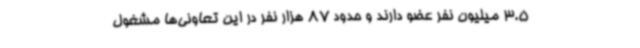
3.5 میلیون نفر عضو دارند و حدود 87 هزار نفر در این تعاونی‌ها مشغول